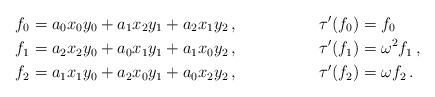
LaTeX: \begin{align*}f_{0} &= a_{0}x_{0}y_{0}+a_{1}x_{2}y_{1}+a_{2}x_{1}y_{2}\,,&\tau'(f_{0})&= f_{0}\\f_{1} &= a_{2}x_{2}y_{0}+a_{0}x_{1}y_{1}+a_{1}x_{0}y_{2}\,,& \tau'(f_{1})&=\omega^{2} f_{1}\,,\\f_{2} &= a_{1}x_{1}y_{0}+a_{2}x_{0}y_{1}+a_{0}x_{2}y_{2}\,,\quad& \tau'(f_{2}) &= \omega f_{2}\,.\end{align*}